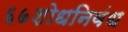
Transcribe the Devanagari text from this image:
६७शोधनिवंध